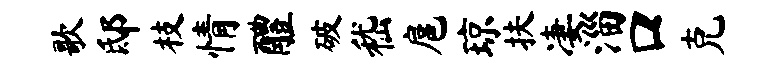
歌邸枝情醴破嵇扈琼扶凄淄口克